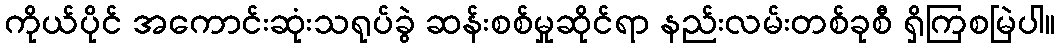
ကိုယ်ပိုင် အကောင်းဆုံးသရုပ်ခွဲ ဆန်းစစ်မှုဆိုင်ရာ နည်းလမ်းတစ်ခုစီ ရှိကြစမြဲပါ။